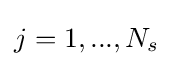
j=1,...,N_{s}